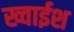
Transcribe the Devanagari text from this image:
ख्वाईश